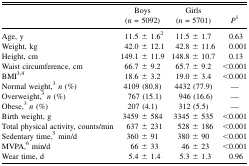
<table><thead><tr><td></td><td><b>Boys (<i>n</i> = 5092)</b></td><td><b>Girls (<i>n</i> = 5701)</b></td><td><b><i>P</i><sup>1</sup></b></td></tr></thead><tbody><tr><td>Age, y</td><td>11.5 ± 1.6<sup>2</sup></td><td>11.5 ± 1.7</td><td>0.63</td></tr><tr><td>Weight, kg</td><td>42.0 ± 12.1</td><td>42.8 ± 11.6</td><td>0.001</td></tr><tr><td>Height, cm</td><td>149.1 ± 11.9</td><td>148.8 ± 10.7</td><td>0.13</td></tr><tr><td>Waist circumference, cm</td><td>66.7 ± 9.2</td><td>65.7 ± 9.2</td><td>&lt;0.001</td></tr><tr><td>BMI<sup>3</sup><sup>,</sup><sup>4</sup></td><td>18.6 ± 3.2</td><td>19.0 ± 3.4</td><td>&lt;0.001</td></tr><tr><td>Normal weight,<sup>3</sup><i>n</i> (%)</td><td>4109 (80.8)</td><td>4432 (77.9)</td><td>—</td></tr><tr><td>Overweight,<sup>3</sup><i>n</i> (%)</td><td>767 (15.1)</td><td>946 (16.6)</td><td>—</td></tr><tr><td>Obese,<sup>3</sup><i>n</i> (%)</td><td>207 (4.1)</td><td>312 (5.5)</td><td>—</td></tr><tr><td>Birth weight, g</td><td>3459 ± 584</td><td>3345 ± 535</td><td>&lt;0.001</td></tr><tr><td>Total physical activity, counts/min</td><td>637 ± 231</td><td>528 ± 186</td><td>&lt;0.001</td></tr><tr><td>Sedentary time,<sup>5</sup> min/d</td><td>360 ± 91</td><td>380 ± 90</td><td>&lt;0.001</td></tr><tr><td>MVPA,<sup>6</sup> min/d</td><td>66 ± 33</td><td>46 ± 23</td><td>&lt;0.001</td></tr><tr><td>Wear time, d</td><td>5.4 ± 1.4</td><td>5.3 ± 1.3</td><td>0.96</td></tr></tbody></table>